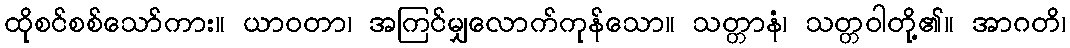
ထိုစင်စစ်သော်ကား။ ယာဝတာ၊ အကြင်မျှလောက်ကုန်သော။ သတ္တာနံ၊ သတ္တဝါတို့၏။ အာဂတိ၊